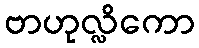
ဗာဟုလ္လိကော